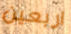
اربعين